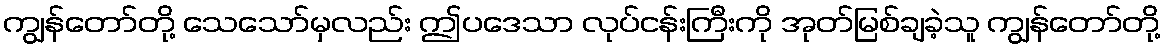
ကျွန်တော်တို့ သေသော်မှလည်း ဤပဒေသာ လုပ်ငန်းကြီးကို အုတ်မြစ်ချခဲ့သူ ကျွန်တော်တို့